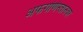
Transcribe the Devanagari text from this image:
अफगणिस्तानवर